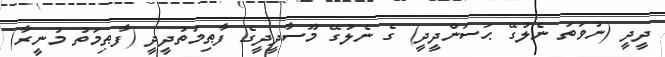
ދީދީ (ނުވަތަ ނެލުގޭ ޙަސަންދީދީ) ގެ ނެލުގޭ މޫސާދީދީގެ ފާޠިމަތުދީދީ (ފާޠިމަތު މުނީރާ)